Vaccination in Burma 1920-1933 - 1920-1933
Year: 1920
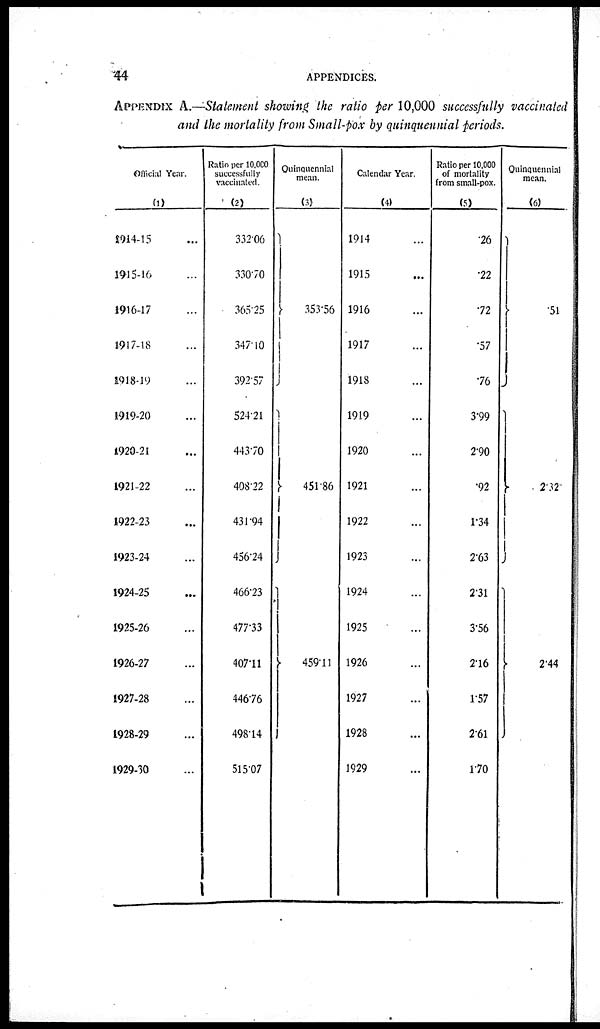
44
APPENDICES.
APPENDIX A.—Statement showing the ratio per 10,000 successfully vaccinated
and the mortality from Small-pox by quinquennial periods.
Official Year.
(1)
1914-15 ...
1915-16 ...
1916-17 ...
1917-18 ...
1918-19 ...
1919-20 ...
1920-21 ...
1921-22 ...
1922-23 ...
1923-24 ...
1924-25 ...
1925-26 ...
1926-27 ...
1927-28 ...
1928-29 ...
1929-30 ...
Ratio per 10,000
successfully
vaccinated.
(2)
332.06
330.70
365.25
347.10
392.57
524.21
443.70
408.22
431.94
456.24
466.23
477.33
407.11
446.76
498.14
515.07
Quinquennial
mean.
(3)
353.56
451.86
459.11
Calendar Year.
(4)
1914 ...
1915 ...
1916 ...
1917 ...
1918 ...
1919 ...
1920 ...
1921 ...
1922 ...
1923 ...
1924 ...
1925 ...
1926 ...
1927 ...
1928 ...
1929 ...
Ratio per 10,000
of mortality
from small-pox.
(5)
.26
.22
.72
.57
.76
3.99
2.90
.92
1.34
2.63
2.31
3.56
2.16
1.57
2.61
1.70
Quinquennial
mean.
(6)
.51
2.32
2.44